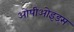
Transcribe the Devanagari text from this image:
ओपीओइड्स